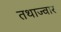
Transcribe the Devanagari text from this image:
तथाज्वार